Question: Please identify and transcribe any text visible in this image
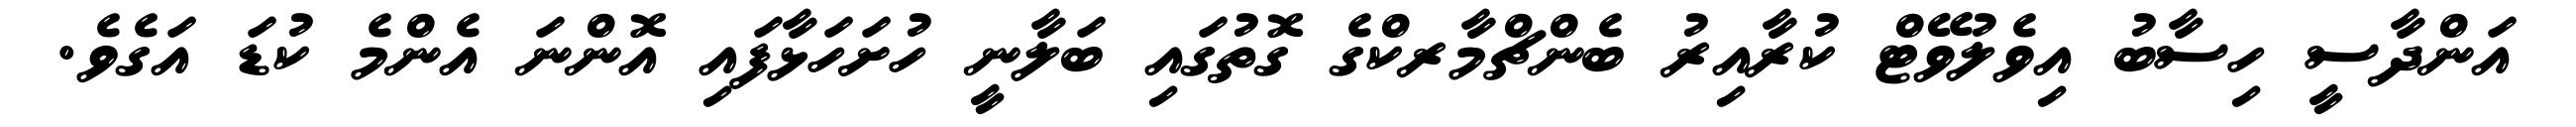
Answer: އަންދާސީ ހިސާބު އިވެލުވޭޓް ކުރާއިރު ބެންޗްމާރކްގެ ގޮތުގައި ބަލާނީ ހުށަހަޅާފައި އޮންނަ އެންމެ ކުޑަ އަގެވެ.